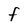
Character: F